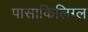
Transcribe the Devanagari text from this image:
पासाकिलिग्ल